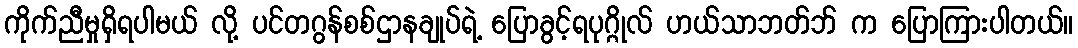
ကိုက်ညီမှုရှိရပါမယ် လို့ ပင်တဂွန်စစ်ဌာနချုပ်ရဲ့ ပြောခွင့်ရပုဂ္ဂိုလ် ဟယ်သာဘတ်ဘ် က ပြောကြားပါတယ်။